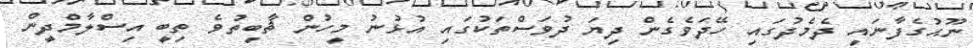
ނޫޙުގެފާނައި ދެމެދުގައި ހޭދަވެގެން ދިޔަ ދުވަސްތަކުގައި އުޅުނު މީހުން ޘާބިތުވެ ތިބީ އިސްލާމްދީން